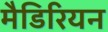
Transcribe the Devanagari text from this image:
मैडिरियन